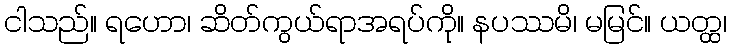
ငါသည်။ ရဟော၊ ဆိတ်ကွယ်ရာအရပ်ကို။ နပဿမိ၊ မမြင်။ ယတ္ထ၊